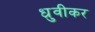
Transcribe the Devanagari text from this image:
ध्रुवीकर